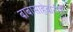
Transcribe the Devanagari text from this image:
बाबासाहेबांनीही